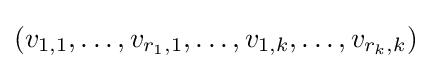
(v_{1,1},\dots ,v_{r_{1},1},\dots ,v_{1,k},\dots ,v_{r_{k},k})